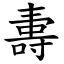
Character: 夀